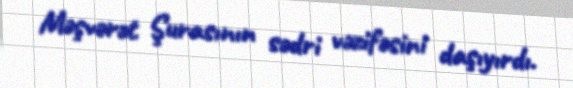
Məşvərət Şurasının sədri vəzifəsini daşıyırdı.